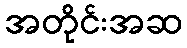
အတိုင်းအဆ